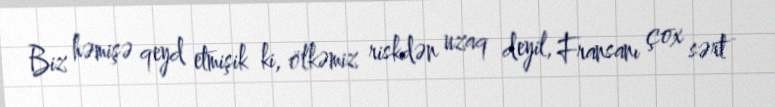
Biz həmişə qeyd etmişik ki, ölkəmiz riskdən uzaq deyil, Fransanı çox sərt